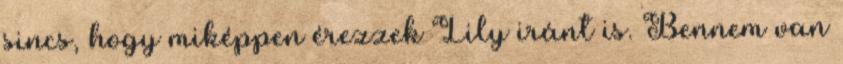
sincs, hogy miképpen érezzek Lily iránt is. Bennem van